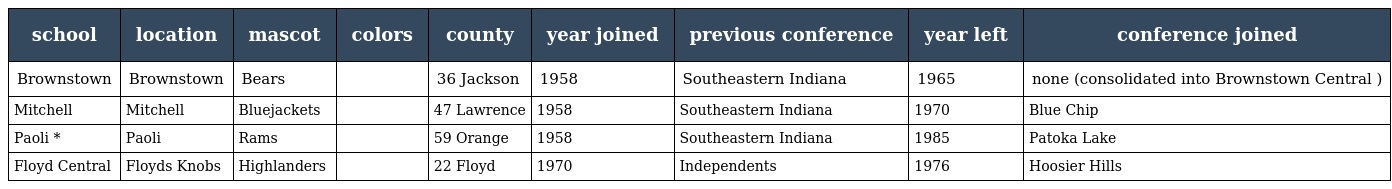
| school | location | mascot | colors | county | year joined | previous conference | year left | conference joined |
 | --- | --- | --- | --- | --- | --- | --- | --- | --- |
 | Brownstown | Brownstown | Bears |  | 36 Jackson | 1958 | Southeastern Indiana | 1965 | none (consolidated into Brownstown Central ) |
 | Mitchell | Mitchell | Bluejackets |  | 47 Lawrence | 1958 | Southeastern Indiana | 1970 | Blue Chip |
 | Paoli * | Paoli | Rams |  | 59 Orange | 1958 | Southeastern Indiana | 1985 | Patoka Lake |
 | Floyd Central | Floyds Knobs | Highlanders |  | 22 Floyd | 1970 | Independents | 1976 | Hoosier Hills |